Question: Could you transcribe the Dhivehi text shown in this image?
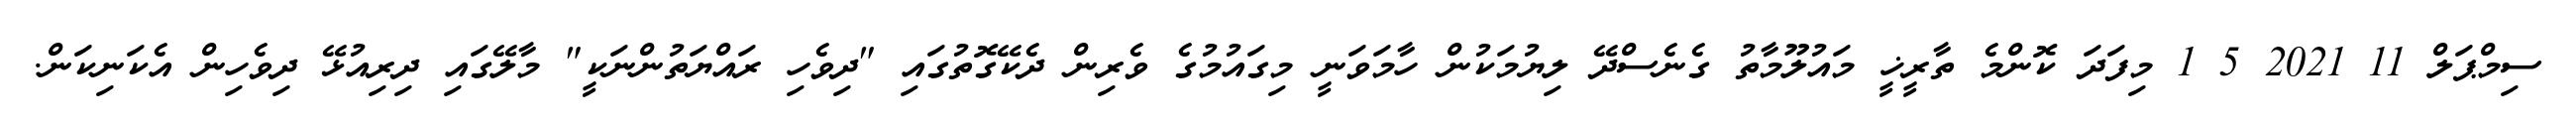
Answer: ސިމްޕަލް 11 2021 5 1 މިފަދަ ކޮންމެ ތާރީޚީ މައުލޫމާތު ގެނެސްދޭ ލިޔުމަކުން ހާމަވަނީ މިގައުމުގެ ވެރިން ދެކޭގޮތުގައި "ދިވެހި ރައްޔަތުންނަކީ" މާލޭގައި ދިރިއުޅޭ ދިވެހިން އެކަނިކަން.